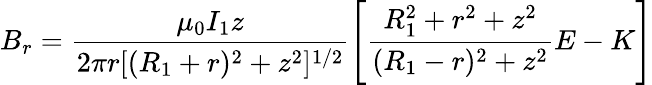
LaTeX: B_{r}=\frac{\mu_{0}I_{1}z}{2\pi r[(R_{1}+r)^{2}+z^{2}]^{1/2}}\left[\frac{R_{1}^{2}+r^{2}+z^{2}}{(R_{1}-r)^{2}+z^{2}}E-K\right]